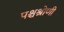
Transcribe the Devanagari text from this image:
पश्चश्रोणी